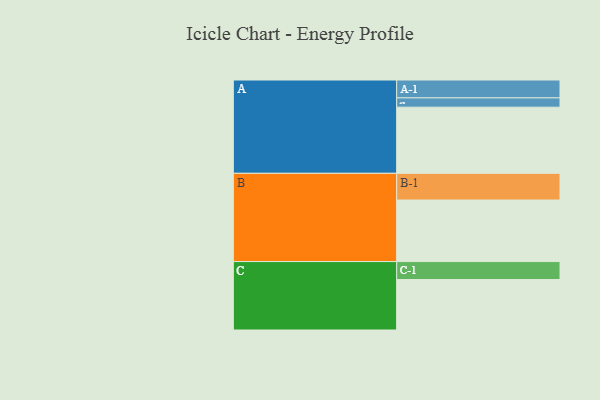
{"axis": {"x": "Segment", "y": "Value"}, "legend": ["", "A", "B", "C"], "data": [{"x": "A", "y": 574, "type": ""}, {"x": "B", "y": 534, "type": ""}, {"x": "C", "y": 438, "type": ""}, {"x": "A-1", "y": 155, "type": "A"}, {"x": "A-2", "y": 81, "type": "A"}, {"x": "B-1", "y": 232, "type": "B"}, {"x": "C-1", "y": 156, "type": "C"}]}